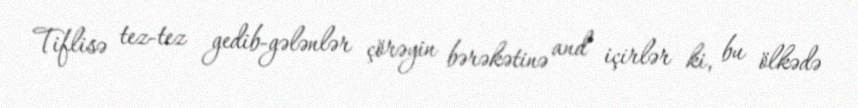
Tiflisə tez-tez gedib-gələnlər çörəyin bərəkətinə and içirlər ki, bu ölkədə